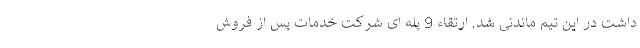
داشت در این تیم ماندنی شد. ارتقاء 9 پله ای شرکت خدمات پس از فروش